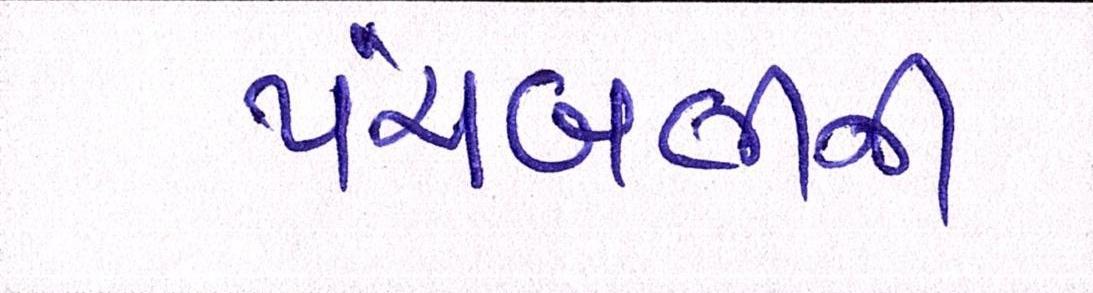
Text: પંચબલીની